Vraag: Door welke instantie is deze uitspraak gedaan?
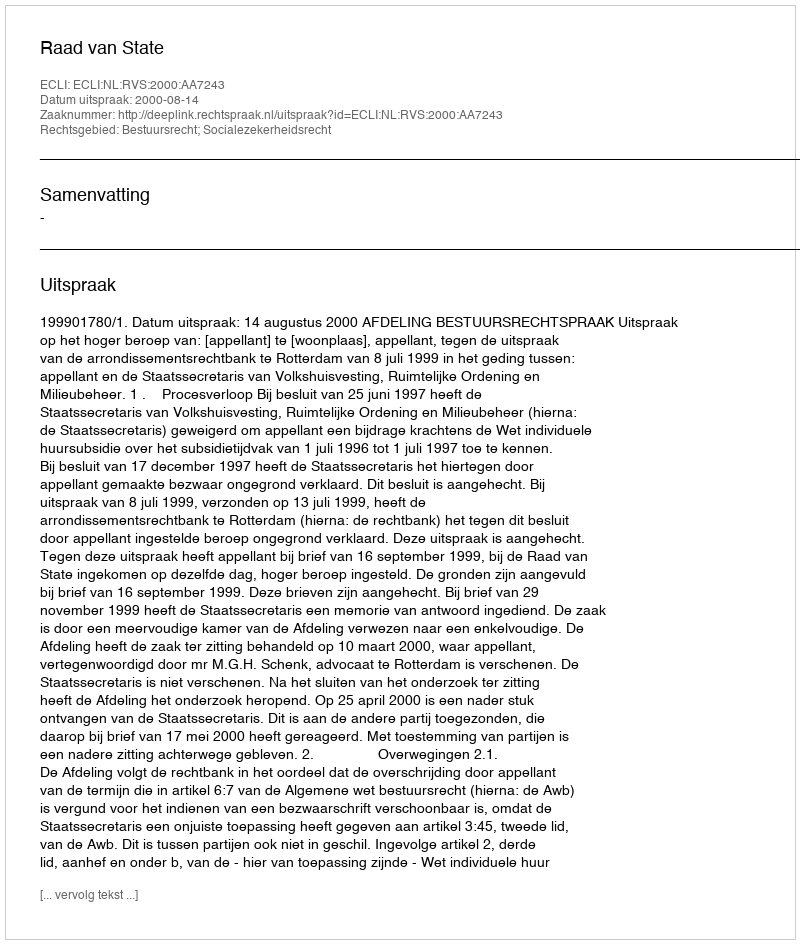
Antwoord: Raad van State